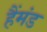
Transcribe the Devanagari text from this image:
हैंमंड